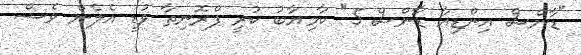
"ޑާންސް އިންޑިއާ ޑާންސް 5" ކާމިޔާބު ކުރީ ޕްރޮނިތާ ވުޑީ އެލެން ވެސް